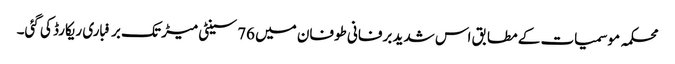
محکمہ موسمیات کے مطابق اس شدید برفانی طوفان میں 76 سینٹی میڑ تک برفباری ریکارڈ کی گئی۔